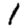
Digit: 1